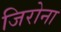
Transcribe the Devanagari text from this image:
जिरोना